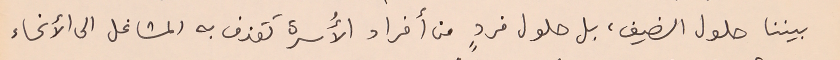
بيننا حلول الضيف، بل حلول فردٍ من أفراد الأُسرة تقذف به المشاغل على الأنحاء